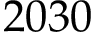
2 0 3 0